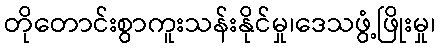
တိုတောင်းစွာကူးသန်းနိုင်မှု၊ဒေသဖွံ့ဖြိုးမှု၊